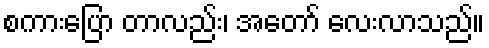
စကားပြော တာလည်း၊ အတော် လေးလာသည်။